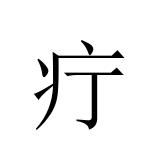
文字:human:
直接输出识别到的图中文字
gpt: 疔